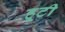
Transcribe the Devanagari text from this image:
हूटी